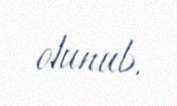
olunub.